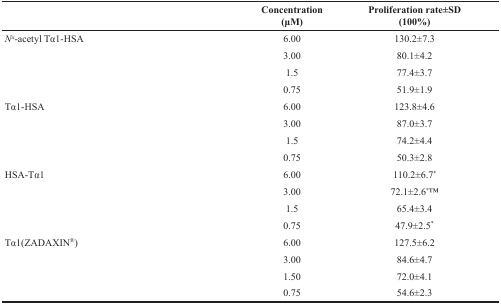
|  | Concentration(μM) | Proliferation rate±SD(100%) |
 | --- | --- | --- |
 | Nα-acetyl Tα1-HSA | 6.00 | 130.2±7.3 |
 |  | 3.00 | 80.1±4.2 |
 |  | 1.5 | 77.4±3.7 |
 |  | 0.75 | 51.9±1.9 |
 | Tα1-HSA | 6.00 | 123.8±4.6 |
 |  | 3.00 | 87.0±3.7 |
 |  | 1.5 | 74.2±4.4 |
 |  | 0.75 | 50.3±2.8 |
 | HSA-Tα1 | 6.00 | 110.2±6.7* |
 |  | 3.00 | 72.1±2.6*TM |
 |  | 1.5 | 65.4±3.4 |
 |  | 0.75 | 47.9±2.5* |
 | Tα1(ZADAXIN®) | 6.00 | 127.5±6.2 |
 |  | 3.00 | 84.6±4.7 |
 |  | 1.50 | 72.0±4.1 |
 |  | 0.75 | 54.6±2.3 |